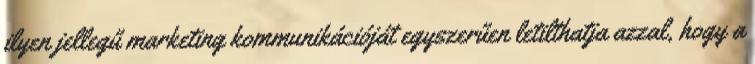
ilyen jellegű marketing kommunikációját egyszerűen letilthatja azzal, hogy a